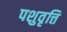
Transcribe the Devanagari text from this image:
पशुवृत्ति